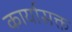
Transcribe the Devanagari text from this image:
कार्यासक्त